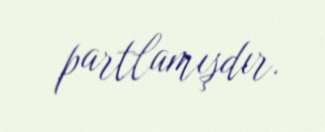
partlamışdır.